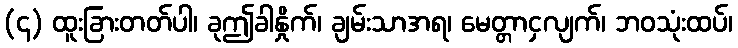
(၄) ထူးခြားတတ်ပါ၊ ခုဤခါနှိုက်၊ ချမ်းသာအရ၊ မေတ္တာငှလျက်၊ ဘဝသုံးထပ်၊